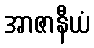
အာဇာနီယံ